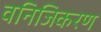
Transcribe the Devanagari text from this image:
वनिजिकरण